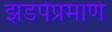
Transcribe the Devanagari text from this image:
झडपेप्रमाणे